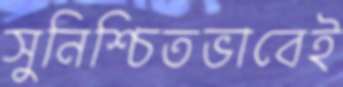
সুনিশ্চিতভাবেই